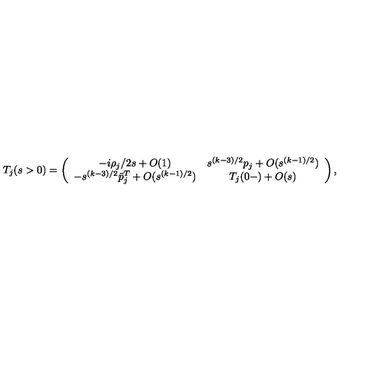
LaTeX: T _ { j } ( s > 0 ) = \left( \begin{array} { c c } { - i \rho _ { j } / 2 s + O ( 1 ) } & { s ^ { ( k - 3 ) / 2 } p _ { j } + O ( s ^ { ( k - 1 ) / 2 } ) } \\ { - s ^ { ( k - 3 ) / 2 } \bar { p } _ { j } ^ { T } + O ( s ^ { ( k - 1 ) / 2 } ) } & { T _ { j } ( 0 - ) + O ( s ) } \\ \end{array} \right) ,